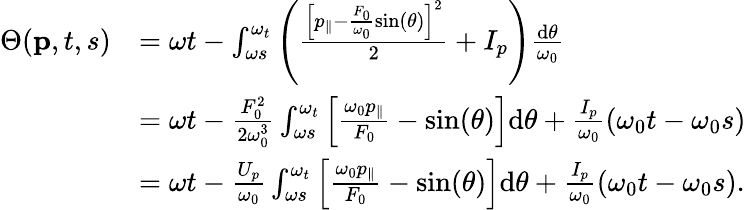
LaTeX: \begin{array}{rl}{\Theta(\textbf{p},t,s)}&{=\omega t-\int_{\omega s}^{\omega_{t}}\left(\frac{\left[p_{\| }-\frac{F_{0}}{\omega_{0}}\sin(\theta)\right]^{2}}{2}+I_{p}\right)\frac{\mathrm{d}\theta}{\omega_{0}}}\\ &{=\omega t-\frac{F_{0}^{2}}{2\omega_{0}^{3}}\int_{\omega s}^{\omega_{t}}\left[\frac{\omega_{0}p_{\| }}{F_{0}}-\sin(\theta)\right]\mathrm{d}\theta+\frac{I_{p}}{\omega_{0}}\left(\omega_{0}t-\omega_{0}s\right)}\\ &{=\omega t-\frac{U_{p}}{\omega_{0}}\int_{\omega s}^{\omega_{t}}\left[\frac{\omega_{0}p_{\| }}{F_{0}}-\sin(\theta)\right]\mathrm{d}\theta+\frac{I_{p}}{\omega_{0}}\left(\omega_{0}t-\omega_{0}s\right).}\end{array}